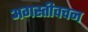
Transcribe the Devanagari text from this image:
अगस्तीवचन